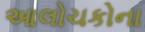
આલોચકોના